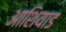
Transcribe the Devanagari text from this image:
आशियाड